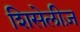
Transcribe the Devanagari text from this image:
शिसेलीज़